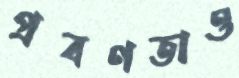
প্রবণতাও